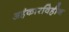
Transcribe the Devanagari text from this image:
अहंकारविहीन